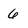
Character: 6